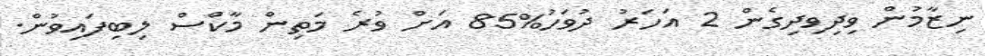
ނިޒާމުން ވިދިވިދިގެން 2 އަހަރު ދުވަހު%85 އަށް ވުރެ މަތިން މާކްސް ލިބިފައިވުން.